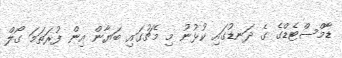
ޑާމްސްޓެޑްގެ ގެ ދަނޑުގައި ކުޅުނު މި މެޗުގައި ބަޔާން އިން ފުރަތަމަ ގޯލް